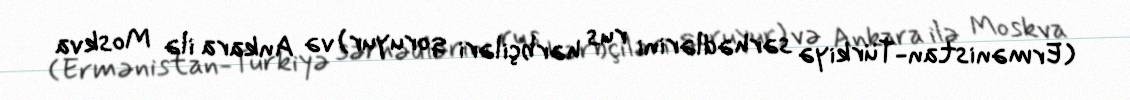
(Ermənistan-Türkiyə sərhədlərini rus hərbçiləri qoruyur) və Ankara ilə Moskva